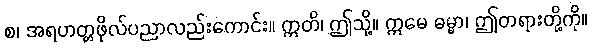
စ၊ အရဟတ္တဖိုလ်ပညာလည်းကောင်း။ ဣတိ၊ ဤသို့။ ဣမေ ဓမ္မာ၊ ဤတရားတို့ကို။